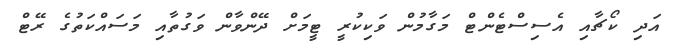
އަދި ކޯޗާއި އެސިސްޓެންޓް މަގާމުން ވަކިކުރީ ޓީމަށް ދޭންވާން ވަގުތާއި މަސައްކަތުގެ ރޭޓް